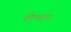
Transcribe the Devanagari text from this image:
पीएफएन